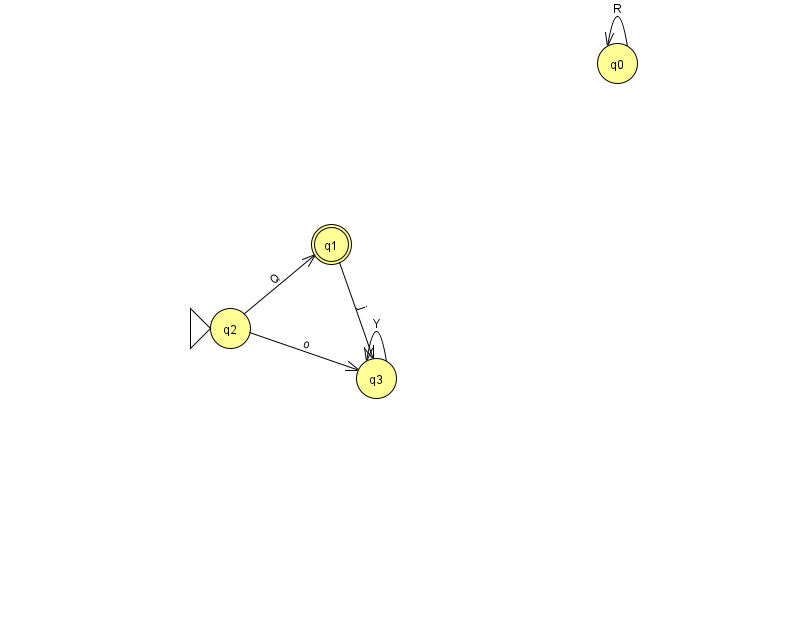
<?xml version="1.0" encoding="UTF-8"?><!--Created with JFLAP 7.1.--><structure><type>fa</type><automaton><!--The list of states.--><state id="0" name="q0"><x>617.0</x><y>50.0</y></state><state id="1" name="q1"><x>331.0</x><y>231.0</y><final/></state><state id="2" name="q2"><x>230.0</x><y>315.0</y><initial/></state><state id="3" name="q3"><x>376.0</x><y>365.0</y></state><!--The list of transitions.--><transition><from>0</from><to>0</to><read>R</read></transition><transition><from>2</from><to>3</to><read>o</read></transition><transition><from>2</from><to>1</to><read>Q</read></transition><transition><from>3</from><to>3</to><read>Y</read></transition><transition><from>1</from><to>3</to><read>j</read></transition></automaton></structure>